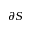
\partial S